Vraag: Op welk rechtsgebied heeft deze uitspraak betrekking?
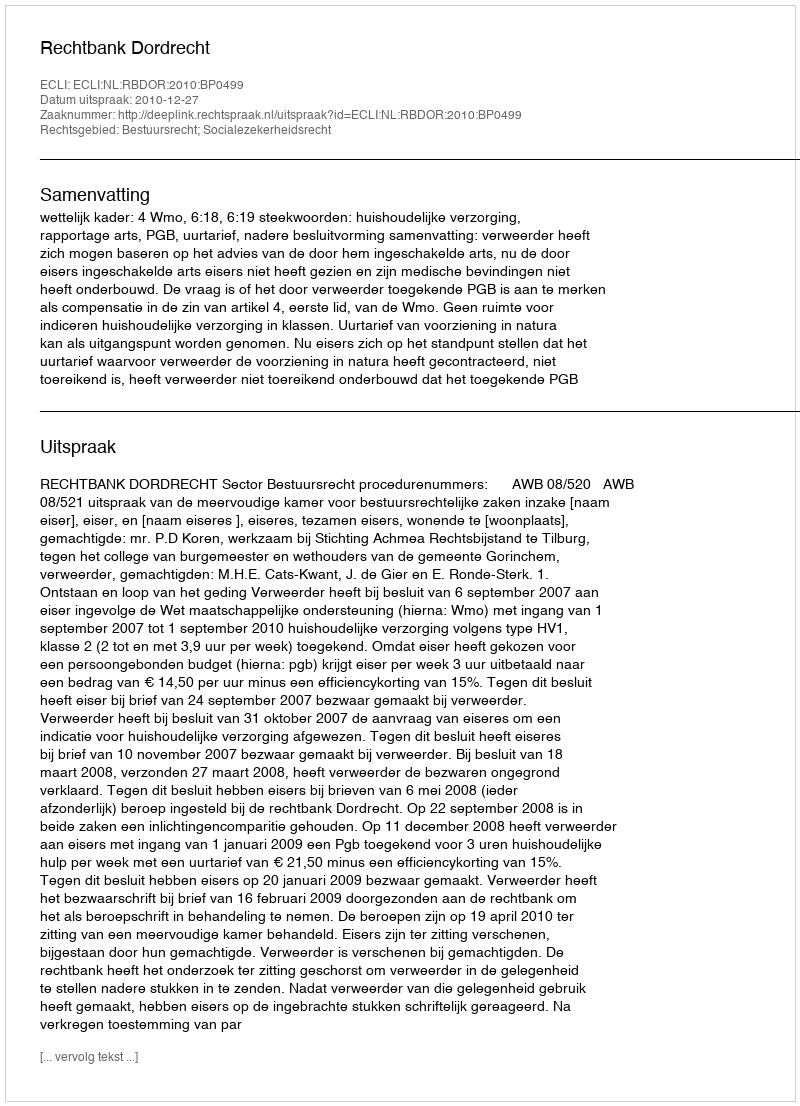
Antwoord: Bestuursrecht; Socialezekerheidsrecht